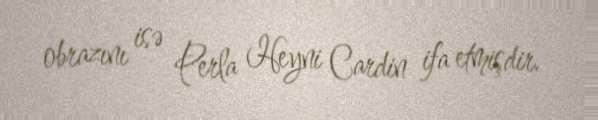
obrazını isə Perla Heyni Cardin ifa etmişdir.